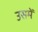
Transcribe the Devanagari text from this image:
उसमेें